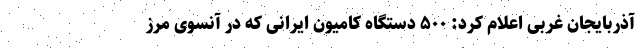
آذربایجان غربی اعلام کرد: ۵۰۰ دستگاه کامیون ایرانی که در آنسوی مرز